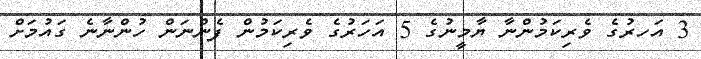
3 އަހރުގެ ވެރިކަމުންނާ ޔާމީނުގެ 5 އަހަރުގެ ވެރިކަމުން ފެންނަން ހުންނާނެ ގައުމަށް